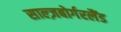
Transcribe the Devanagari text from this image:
साल्ज़बोर्गरलैंड